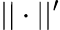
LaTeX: ||\cdot||^{\prime}